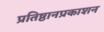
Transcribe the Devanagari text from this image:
प्रतिष्ठानप्रकाशन